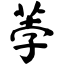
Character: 荸